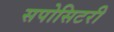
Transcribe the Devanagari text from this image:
सपोसिटरी